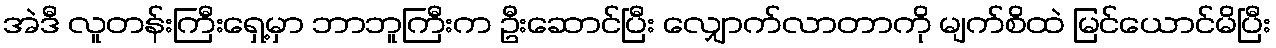
အဲဒီ လူတန်းကြီးရှေ့မှာ ဘာဘူကြီးက ဦးဆောင်ပြီး လျှောက်လာတာကို မျက်စိထဲ မြင်ယောင်မိပြီး